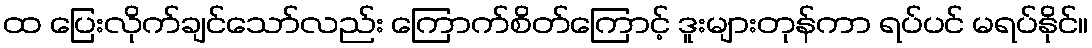
ထ ပြေးလိုက်ချင်သော်လည်း ကြောက်စိတ်ကြောင့် ဒူးများတုန်ကာ ရပ်ပင် မရပ်နိုင်။